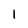
Character: l